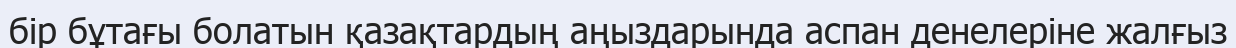
бір бұтағы болатын қазақтардың аңыздарында аспан денелеріне жалғыз